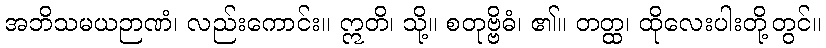
အဘိသမယဉာဏံ၊ လည်းကောင်း။ ဣတိ၊ သို့။ စတုဗ္ဗိဓံ၊ ၏။ တတ္ထ၊ ထိုလေးပါးတို့တွင်။